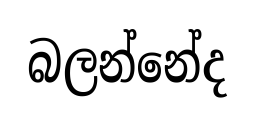
බලන්නේද